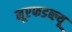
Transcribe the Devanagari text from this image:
नूएफडब्ल्यू